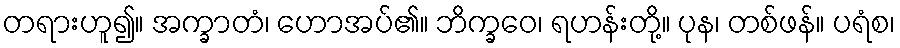
တရားဟူ၍။ အက္ခာတံ၊ ဟောအပ်၏။ ဘိက္ခဝေ၊ ရဟန်းတို့။ ပုန၊ တစ်ဖန်။ ပရံစ၊